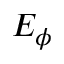
E _ { \phi }